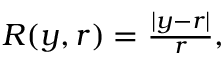
\begin{array} { r } { R ( y , r ) = \frac { | y - r | } { r } , } \end{array}